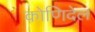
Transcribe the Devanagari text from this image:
कोणिदेल